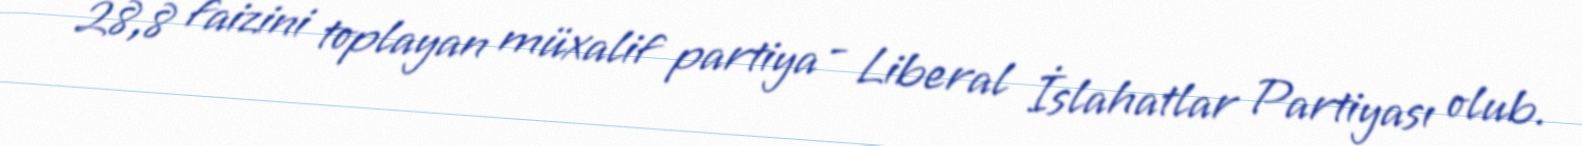
28,8 faizini toplayan müxalif partiya - Liberal İslahatlar Partiyası olub.